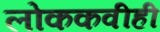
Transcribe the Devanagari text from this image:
लोककवीही